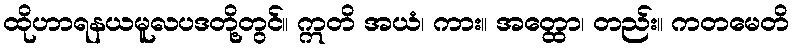
ထိုဟာရနယမူလပဒတို့တွင်။ ဣတိ အယံ၊ ကား။ အတ္ထော၊ တည်း။ ကတမေတိ